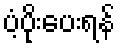
ပံ့ပိုးပေးရန်